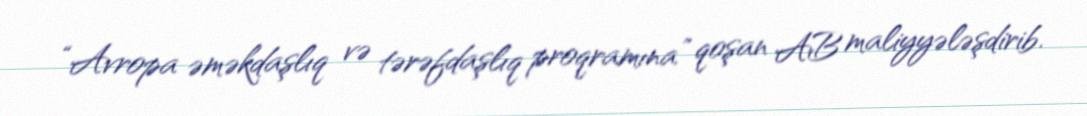
“Avropa əməkdaşlıq və tərəfdaşlıq proqramına” qoşan AB maliyyələşdirib.